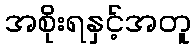
အစိုးရနှင့်အတူ